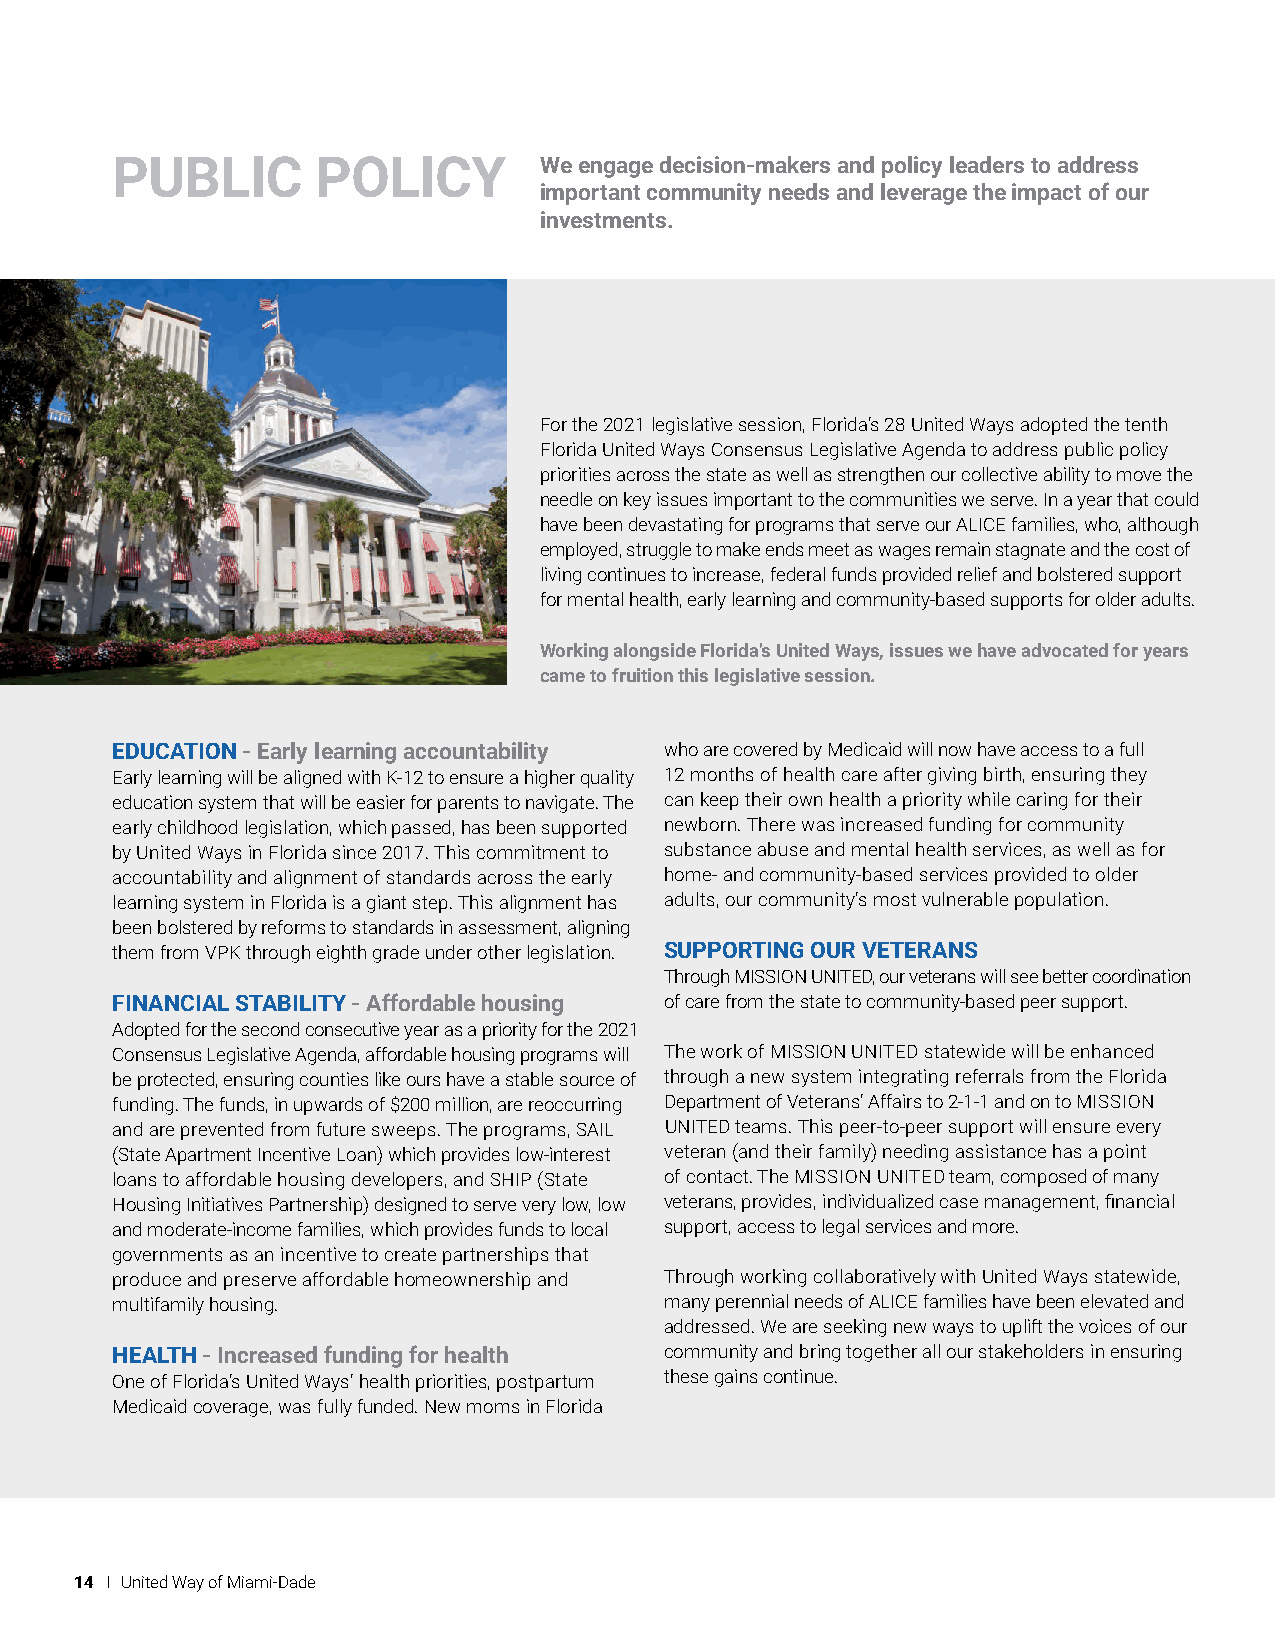
PUBLIC        POLICY         We engage decision-makers and policy leaders to address
 important community needs and leverage the impact of our
 investments.
 For the 2021 legislative session, Florida’s 28 United Ways adopted the tenth
 Florida United Ways Consensus Legislative Agenda to address public policy
 priorities across the state as well as strengthen our collective ability to move the
 needle on key issues important to the communities we serve. In a year that could
 have been devastating for programs that serve our ALICE families, who, although
 employed, struggle to make ends meet as wages remain stagnate and the cost of
 living continues to increase, federal funds provided relief and bolstered support
 for mental health, early learning and community-based supports for older adults.
 Working alongside Florida’s United Ways, issues we have advocated for years
 came to fruition this legislative session.
 EDUCATION - Early learning accountability who are covered by Medicaid will now have access to a full
 Early learning will be aligned with K-12 to ensure a higher quality 12 months of health care after giving birth, ensuring they
 education system that will be easier for parents to navigate. The can keep their own health a priority while caring for their
 early childhood legislation, which passed, has been supported newborn. There was increased funding for community
 by United Ways in Florida since 2017. This commitment to substance abuse and mental health services, as well as for
 accountability and alignment of standards across the early home- and community-based services provided to older
 learning system in Florida is a giant step. This alignment has adults, our community’s most vulnerable population.
 been bolstered by reforms to standards in assessment, aligning
 them from VPK through eighth grade under other legislation. SUPPORTING OUR VETERANS
 Through MISSION UNITED, our veterans will see better coordination
 FINANCIAL STABILITY - Affordable housing of care from the state to community-based peer support.
 Adopted for the second consecutive year as a priority for the 2021
 Consensus Legislative Agenda, affordable housing programs will The work of MISSION UNITED statewide will be enhanced
 be protected, ensuring counties like ours have a stable source of through a new system integrating referrals from the Florida
 funding. The funds, in upwards of $200 million, are reoccurring Department of Veterans’ Affairs to 2-1-1 and on to MISSION
 and are prevented from future sweeps. The programs, SAIL UNITED teams. This peer-to-peer support will ensure every
 (State Apartment Incentive Loan) which provides low-interest veteran (and their family) needing assistance has a point
 loans to affordable housing developers, and SHIP (State of contact. The MISSION UNITED team, composed of many
 Housing Initiatives Partnership) designed to serve very low, low veterans, provides, individualized case management, financial
 and moderate-income families, which provides funds to local support, access to legal services and more.
 governments as an incentive to create partnerships that
 produce and preserve affordable homeownership and Through working collaboratively with United Ways statewide,
 multifamily housing.                 many perennial needs of ALICE families have been elevated and
 addressed. We are seeking new ways to uplift the voices of our
 HEALTH - Increased funding for health community and bring together all our stakeholders in ensuring
 One of Florida’s United Ways’ health priorities, postpartum these gains continue.
 Medicaid coverage, was fully funded. New moms in Florida
 14 I United Way of Miami-Dade